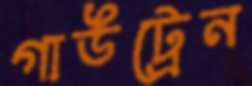
গাউট্রেন